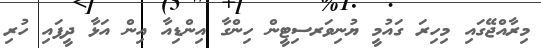
މިރާއްޖޭގައި މިހިރަ ގައުމީ ޔުނިވަރސިޓީން ހިންގާ އިންޑިއާ އިން އަޅާ ދީފައި ހުރި